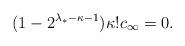
LaTeX: \begin{align*}(1-2^{\lambda_* - \kappa -1})\kappa!c_\infty = 0.\end{align*}